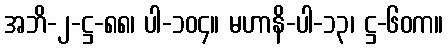
အဘိ-၂-ဋ္ဌ-၈၈၊ ပါ-၁၀၄။ မဟာနိ-ပါ-၁၃၊ ဋ္ဌ-၆၀က။